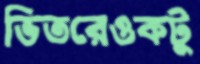
ভিতরেওকটু